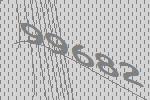
99682